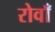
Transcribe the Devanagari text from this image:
रोवाँ